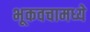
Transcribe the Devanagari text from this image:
भूकवचामध्ये